Report of the King Institute of Preventive Medicine, Guindy
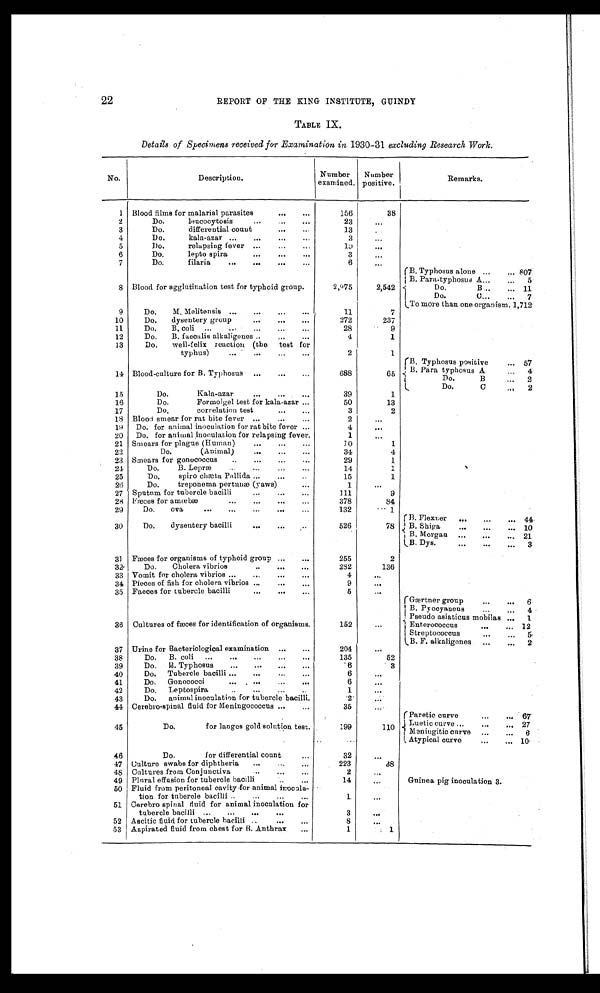
22
REPORT OF THE KING INSTITUTE, GUINDY
TABLE IX
Details of Specimens received for Examination in 1930-31 excluding Research Work .
No.
Description.
Number
examined.
Number
positive.
1 Blood films for malarial parasites
156
38
2
Do. leucocytosis
23
3
Do. differential count
13
4
Do. kala-azar
3
5
Do. relapsing fever
1 0
6
Do. lepto spira
3
7
Do. filaria
6
B. Typhosus alone
807
B. Para-typhosus A
5
8 Blood for agglutination test for typhoid group.
2,975
2,542
Do. B
1 1
Do. C
7
To more than one organism. 1,712
9
Do. M. Melitensis
11
7
10
Do. dysentery group
2 7 2
237
11
Do. B. coli
28
9
12
Do. B. faecalis alkaligenes
4
1
13
Do. weil-felix reaction (the test for
typhus)
2
1
B. Typhosus positive
57
14 Blood-culture for B. Typhosus
688
6 5
B . P a r a t y p h o s u s A
4
Do. B
2
Do. C
2
15
Do. Kala-azar
39
1
16
Do. Formolgel test for kala-azar
50
13
17
Do. correlation test
3
2
18 Blood smear for rat bite fever
2
19
Do. for animal inoculation for rat bite fever
4
20
Do. for animal inoculation for relapsing fever.
1
21 Smears for plague (Human)
10
1
22
Do. (Animal)
34
4
23 Smears for gonococcus
29
1
24
Do. B. Lepræ
14
1
25
Do. spiro chæta Pallida
15
1
26
Do. treponema pertunæ (yaws)
1
27 Sputum for tubercle bacilli
111
9
28 Fæces for amœbæ
378
84
29
Do. ova
132
1
B. Flexner
44
30
Do. dysentery bacilli
526
78
B. Shiga
1 0
B. Morgan
21
B. Dys.
3
31 Fæces for organisms of typhoid group
255
2
32
Do. Cholera vibrios
282
136
33 Vomit for cholera vibrios
4
34 Pieces of fish for cholera vibrios
9
35 Faeces for tubercle bacilli
5
Gærtner group
6
B. Pyocyaneus
4
Pseudo asiaticus mobilas
1
36 Cultures of fæces for identification of organisms.
152
Enterococcus
12
Streptococcus
5
B. F. alkaligenes
2
37 Urine for Bacteriological examination
204
38
Do. B. coli
135
52
39
Do. B. Typhosus
6
3
40
Do. Tubercle bacilli
6
41
Do. Gonococci
6
42
Do. Leptospira
1
43
Do. animal inoculation for tubercle bacilli.
2
44 Cerebro-spinal fluid for Meningococcus
35
Paretic curve 6 7
45
Do. for langes gold solution test.
199
110 Luetic curve
2 7
Meniugitic curve
6
46
Do. for differential count
32
Atypical curve
1 0
47 Culture swabs for diphtheria
223
38
4 8 Cultures from Conjunctiva
2
49 Plural effusion for tubercle bacilli
14
50 Fluid from peritoneal cavity for animal inocula-
tion for tubercle bacilli
1
51 Cerebro spinal fluid for animal inoculation for
tubercle bacilli
3
52 Ascitic fluid for tubercle bacilli
8
53 Aspirated fluid from chest for B. Anthrax
1
1